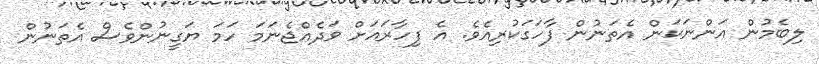
ލިބެމުން އަންނަކަން އެތަނުން ފާހަގަކުރިއެވެ. އެ ފިހާރައަށް ވަދެއްޖެނަމަ ހަމަ ޔަގީނުންވެސް އެތަނުން